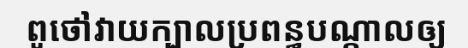
ពូថៅវាយក្បាលប្រពន្ធបណ្តាលឲ្យ